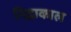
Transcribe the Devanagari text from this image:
निद्राकाल